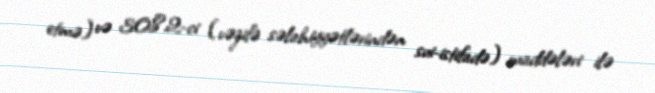
etmə) və 308.2-ci (vəzifə səlahiyyətlərindən sui-istifadə) maddələri ilə